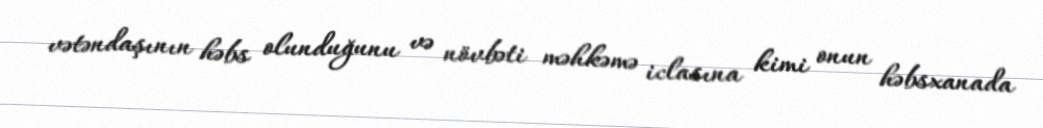
vətəndaşının həbs olunduğunu və növbəti məhkəmə iclasına kimi onun həbsxanada